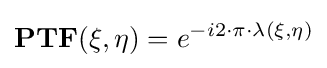
\mathbf {PTF(\xi ,\eta )} =e^{-i2\cdot \pi \cdot \lambda (\xi ,\eta )}